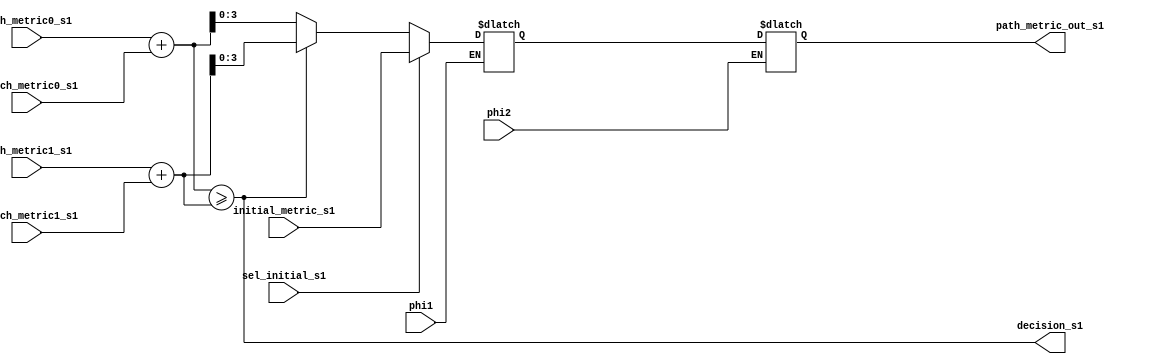
///////////////////////////////////////////////////
// Module acs1.v 
// Hierarchy: acs4.v
// Module function: 
//  Module acs1.v calculates the surviving metrics for one state. The
//  inputs are two path metrics from previous time slot. Each path metric
//  is added with associated branch metric which also presents the input to
//  the module. The smaller total metric is selected and output as well as the
//  decision bit.


///////////////////////////////////////////////////////////////////////////////
module acs1(phi1,phi2,path_metric0_s1,path_metric1_s1,branch_metric0_s1,
            branch_metric1_s1,path_metric_out_s1,decision_s1,sel_initial_s1,
            initial_metric_s1);
///////////////////////////////////////////////////////////////////////////////

input         phi1,phi2;               // Two external clock phases (non-overlapped clock)

input  [3:0]  path_metric0_s1,         // Two path metrics from previous time slot
	            path_metric1_s1;         // use 4-bit register instead of 2-bit to avoid the overflow in ACS
input  [1:0]  branch_metric0_s1,       // Two branch metrics
              branch_metric1_s1;
input         sel_initial_s1;          // 1 selects the initial state to be loaded 
input  [3:0]  initial_metric_s1;

output        decision_s1;             // The result about which path metric is smaller
output [3:0]  path_metric_out_s1;      // Output the servivor path metric

reg    [3:0]  path_metric_out_s1;

wire   [4:0]  total_metric0_s1,        // path metric + branch metric
              total_metric1_s1;
wire   [3:0]  new_path_metric_s1,      // smaller of the two total metrics 
              selected_path_metric_s1; // path metric selected after checking the initial state
              
reg    [3:0]  path_metric_out_s2;


/////////////// Add, Compare, Select logic ////////////////////////////////////

assign total_metric0_s1 = path_metric0_s1 + branch_metric0_s1;
assign total_metric1_s1 = path_metric1_s1 + branch_metric1_s1;

assign decision_s1= total_metric0_s1 >= total_metric1_s1;
assign new_path_metric_s1= decision_s1 ? total_metric1_s1[3:0] : total_metric0_s1[3:0];

assign selected_path_metric_s1 = sel_initial_s1 ? initial_metric_s1 : new_path_metric_s1;

//////////// Latch at phi1 ////////////////////////////////////////////////////

always @(phi1 or selected_path_metric_s1)
 if (phi1)
     path_metric_out_s2 = selected_path_metric_s1;

//////////// Latch at phi2 ////////////////////////////////////////////////////

always @(phi2 or path_metric_out_s2)
 if (phi2)
     path_metric_out_s1 = path_metric_out_s2;

//////////////////////////////////////////////////////////////////////////////

endmodule